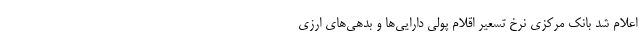
اعلام شد بانک مرکزی نرخ تسعیر اقلام پولی دارایی‌ها و بدهی‌های ارزی